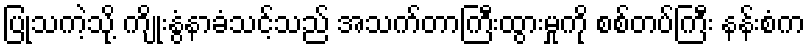
ပြုသကဲ့သို့ ကျိုးနွံနာခံသင့်သည် အသက်တာကြီးထွားမှုကို စစ်တပ်ကြီး နန်းစံက